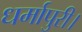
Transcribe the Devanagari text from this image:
धर्मापुरी।